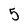
Character: 5